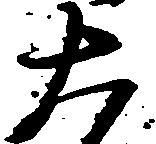
大